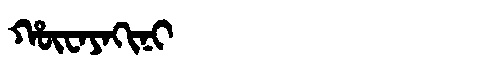
Manchu: ᡥᡡᠸᠠᠶᠠᡴᡳᠨᡳ
Romanization: HŪWAYAKINI